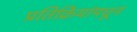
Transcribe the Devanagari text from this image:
प्रतिक्रियांमधून